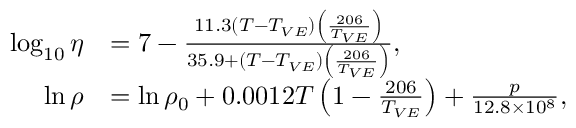
\begin{array} { r l } { \log _ { 1 0 } \eta } & { = 7 - \frac { 1 1 . 3 \left( T - T _ { V E } \right) \left( \frac { 2 0 6 } { T _ { V E } } \right) } { 3 5 . 9 + \left( T - T _ { V E } \right) \left( \frac { 2 0 6 } { T _ { V E } } \right) } , } \\ { \ln \rho } & { = \ln \rho _ { 0 } + 0 . 0 0 1 2 T \left( 1 - \frac { 2 0 6 } { T _ { V E } } \right) + \frac { p } { 1 2 . 8 \times 1 0 ^ { 8 } } , } \end{array}